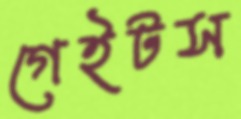
গেইটস